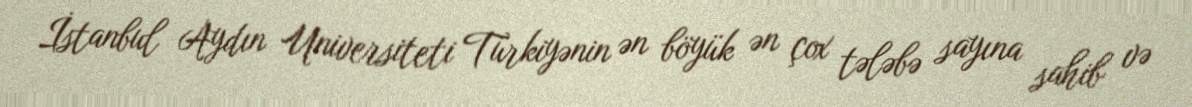
İstanbul Aydın Universiteti Türkiyənin ən böyük ən çox tələbə sayına sahib və